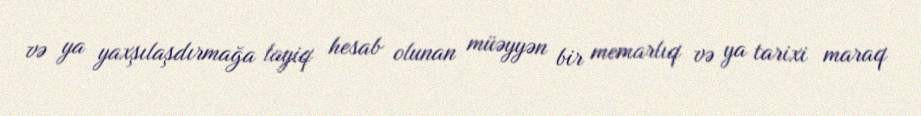
və ya yaxşılaşdırmağa layiq hesab olunan müəyyən bir memarlıq və ya tarixi maraq